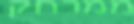
ממרחק